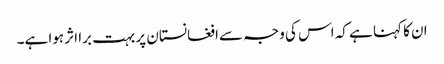
ان کا کہنا ہے کہ اس کی وجہ سےافغانستان پر بہت برا اثر ہوا ہے۔